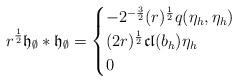
LaTeX: \begin{align*}r^{\frac{1}{2}}\mathfrak{h}_{\emptyset}*\mathfrak{h}_{\emptyset}= \begin{cases} -2^{-\frac{3}{2}}(r)^{\frac{1}{2}}q(\eta_h, \eta_h) \\(2r)^{\frac{1}{2}}\mathfrak{cl}(b_h)\eta_h\\0\\ \end{cases}\end{align*}